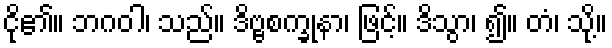
ငို၏။ ဘဂဝါ၊ သည်။ ဒိဗ္ဗစက္ခုနာ၊ ဖြင့်။ ဒိသွာ၊ ၍။ တံ၊ သို့။